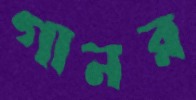
গানর